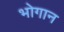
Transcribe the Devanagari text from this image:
भोगान